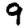
Digit: 9